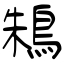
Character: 鴸